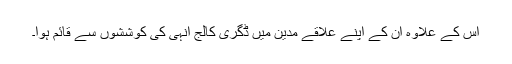
اس کے علاوہ ان کے اپنے علاقے مدین میں ڈگری کالج انہی کی کوششوں سے قائم ہوا۔